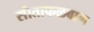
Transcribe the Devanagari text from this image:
सीताफळबाग